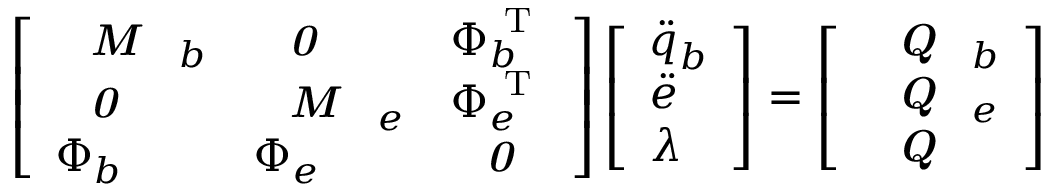
\left[ \begin{array} { l l l } { \textbf { \textit { M } } _ { b } } & { \textbf { \textit { 0 } } } & { \boldsymbol { \Phi } _ { b } ^ { \mathrm { ~ T ~ } } } \\ { \textbf { \textit { 0 } } } & { \textbf { \textit { M } } _ { e } } & { \boldsymbol { \Phi } _ { e } ^ { \mathrm { ~ T ~ } } } \\ { \boldsymbol { \Phi } _ { b } } & { \boldsymbol { \Phi } _ { e } } & { \textbf { \textit { 0 } } } \end{array} \right] \left[ \begin{array} { l } { \boldsymbol { \ddot { q } } _ { b } } \\ { \boldsymbol { \ddot { e } } } \\ { \lambda } \end{array} \right] = \left[ \begin{array} { l } { \textbf { \textit { Q } } _ { b } } \\ { \textbf { \textit { Q } } _ { e } } \\ { \textbf { \textit { Q } } } \end{array} \right]